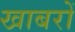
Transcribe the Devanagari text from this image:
खाबरों